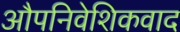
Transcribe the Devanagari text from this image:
औपनिवेशिकवाद